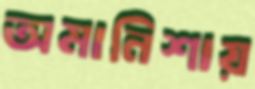
অমানিশায়